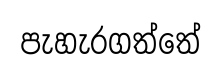
පැහැරගත්තේ